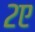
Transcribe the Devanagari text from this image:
२ए